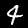
Digit: 4